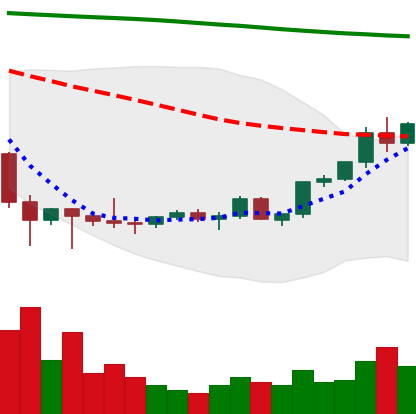
Ticker: LTC-USD
Chart end date: 2022-02-09
Forward return: -10.966%
Label: down_7plus